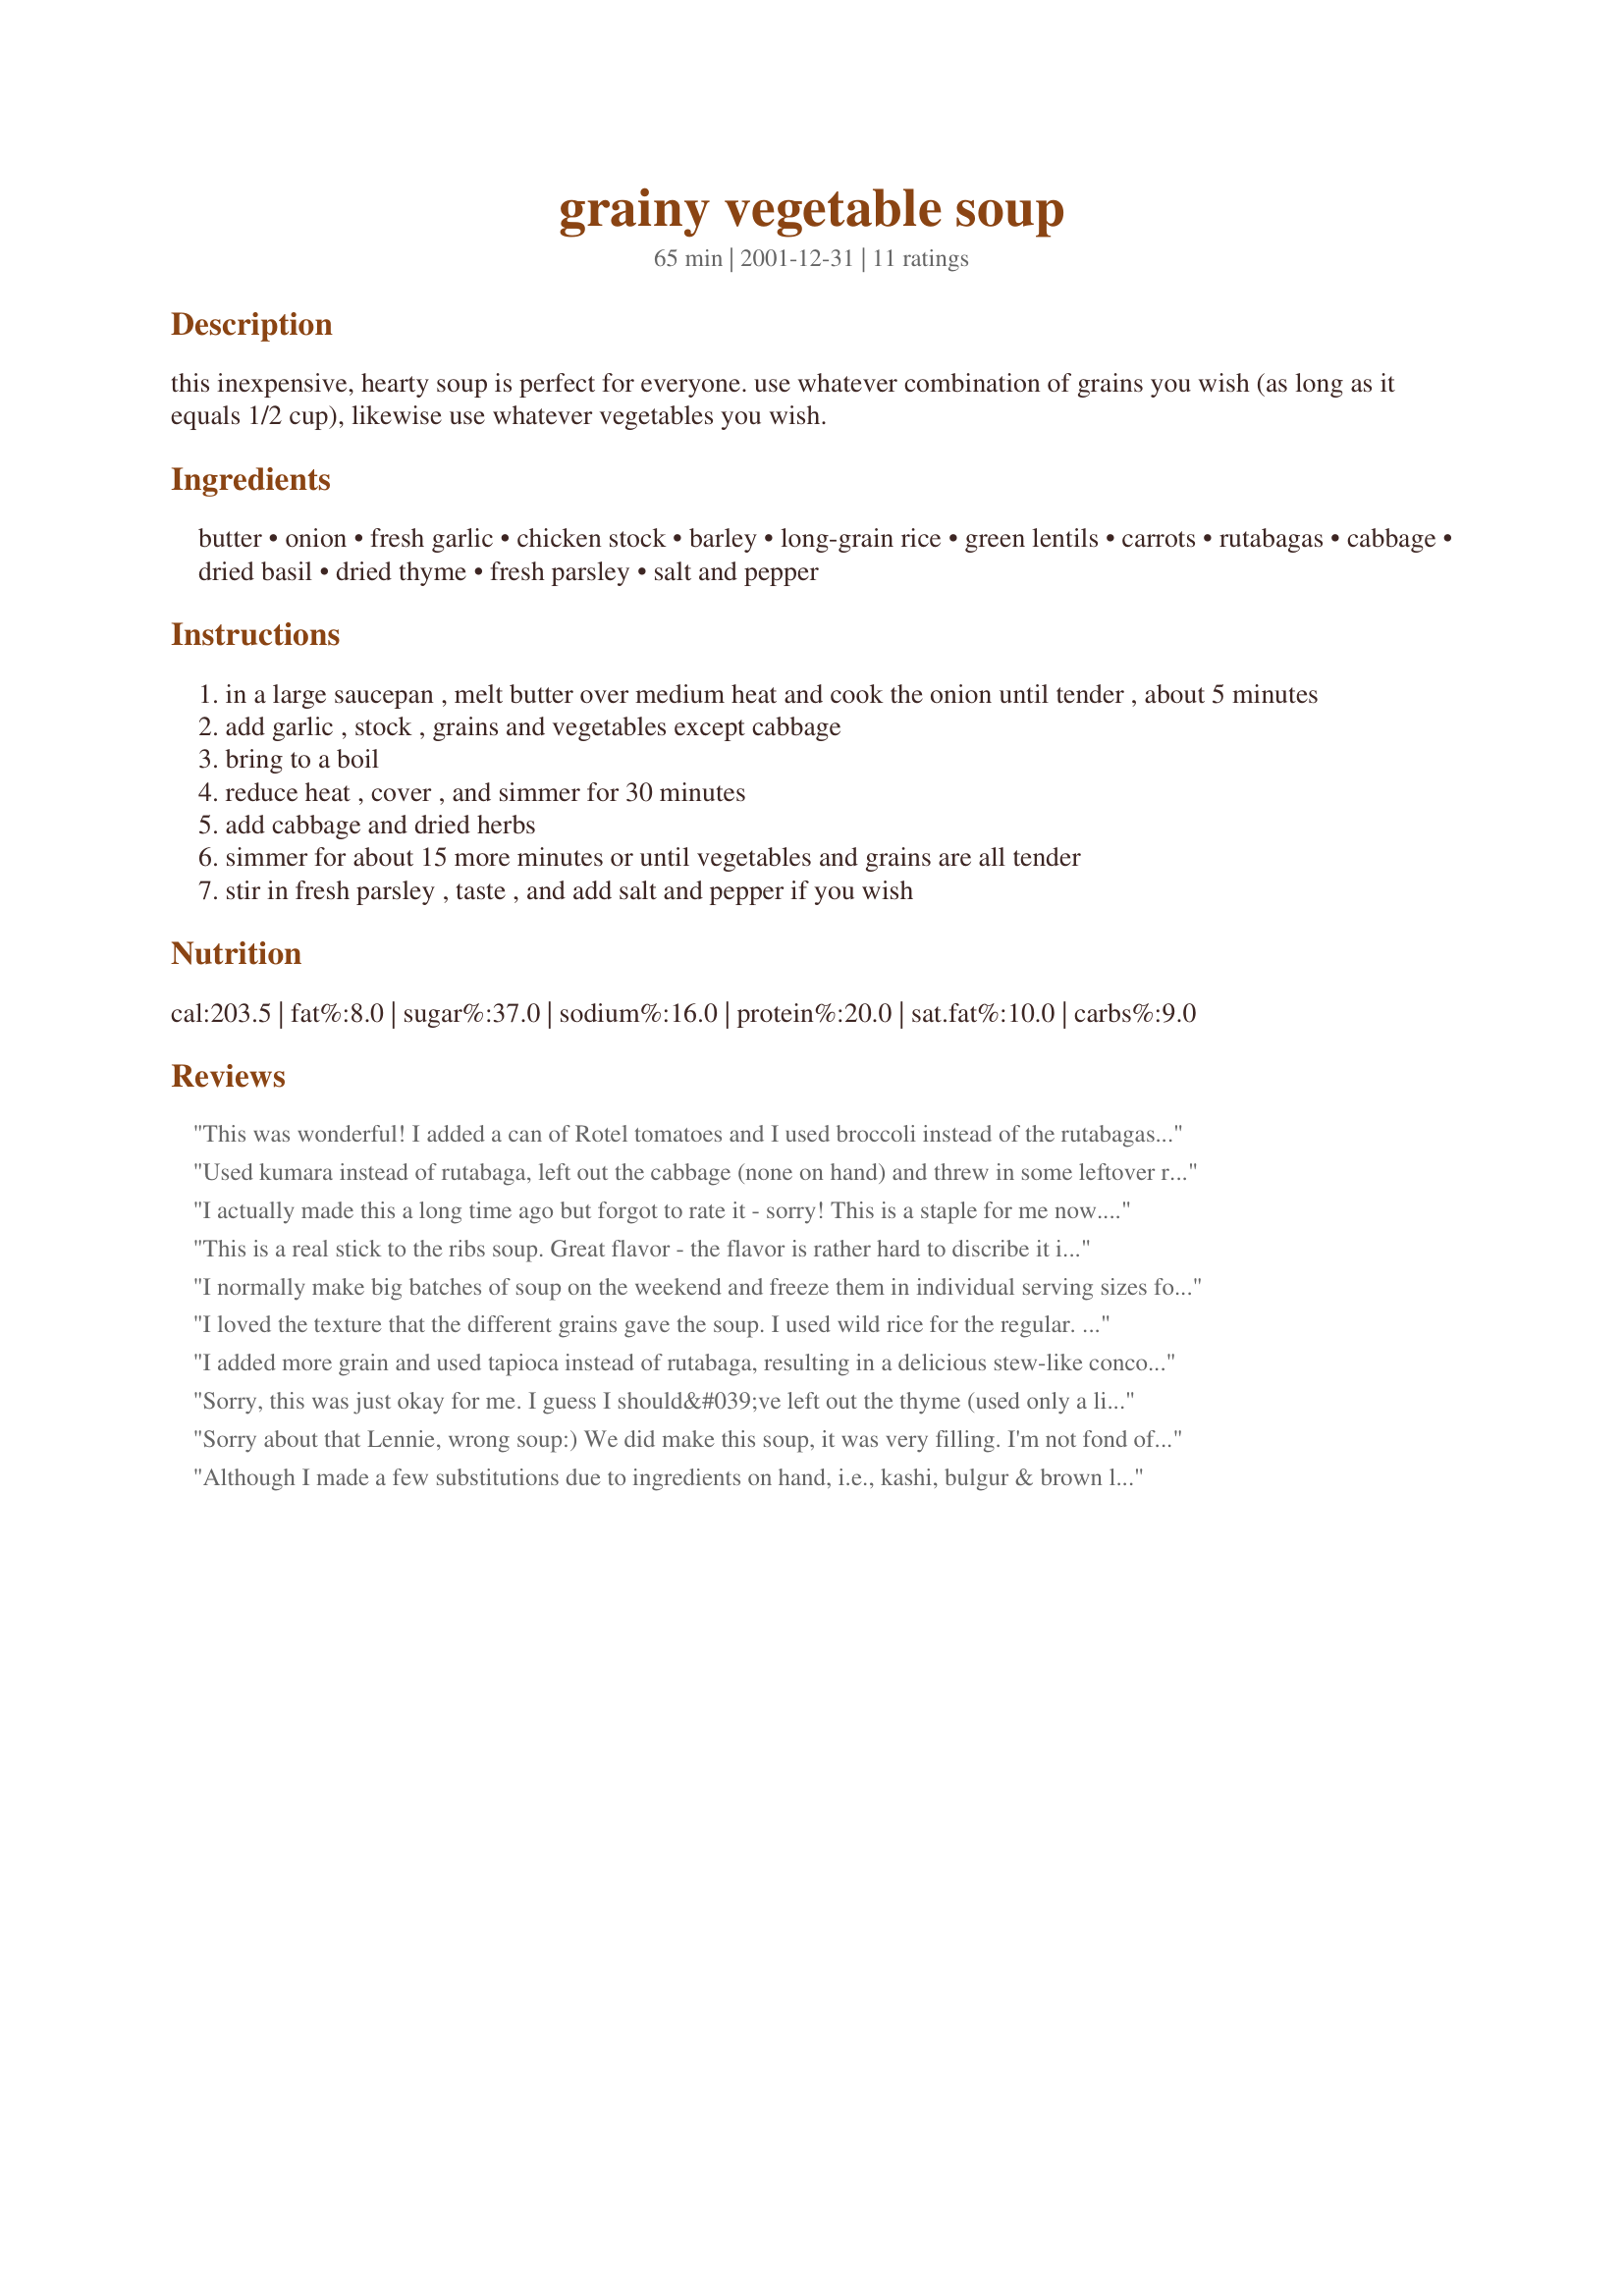
grainy vegetable soup
Preparation time: 65 minutes

this inexpensive, hearty soup is perfect for everyone. use whatever combination of grains you wish (as long as it equals 1/2 cup), likewise use whatever vegetables you wish.

Ingredients:
butter, onion, fresh garlic, chicken stock, barley, long-grain rice, green lentils, carrots, rutabagas, cabbage, dried basil, dried thyme, fresh parsley, salt and pepper

Steps:
in a large saucepan , melt butter over medium heat and cook the onion until tender , about 5 minutes
add garlic , stock , grains and vegetables except cabbage
bring to a boil
reduce heat , cover , and simmer for 30 minutes
add cabbage and dried herbs
simmer for about 15 more minutes or until vegetables and grains are all tender
stir in fresh parsley , taste , and add salt and pepper if you wish

Reviews:
This was wonderful! I added a can of Rotel tomatoes and I used broccoli instead of the rutabagas. I may add some mushrooms next time. It is super easy and the very flavor rich. I highly recommend it.
Used kumara instead of rutabaga, left out the cabbage (none on hand) and threw in some leftover roast chicken. Delicious! Definitely making this one again!
I actually made this a long time ago but forgot to rate it - sorry! This is a staple for me now. Very easy, full of healthy veggies, and a great way to use up small amounts of grains. I also found it easily adaptable. Thanks for this keeper!
This is a real stick to the ribs soup. Great flavor - the flavor is rather hard to discribe it is almost spicy but yet suble, it must be the just right combination of veggies and herbs. As said inexpensive and very satisfying. It is a meal in a bowl and produces 6 generous servings. I used a combination or brown rice, Barley & mixed lentils Thanks Lernnie
I normally make big batches of soup on the weekend and freeze them in individual serving sizes for lunch. I didn't have any soups in my freezer to grab for today's lunch so I got up early to make this soup. I am eating it now for lunch and it is soooo good and satisfying. I used celery instead of the rutabagas. I will definitely add this to my lunch rotation.
I loved the texture that the different grains gave the soup. I used wild rice for the regular. I did not use rutabagabut used celery instead. I did brown one pound of ground beef and added a can of cream of celery soup and white beans at the end and it was delicious.
I added more grain and used tapioca instead of rutabaga, resulting in a delicious stew-like concoction. Great stuff! Thanks for this delicious recipe.
Sorry, this was just okay for me. I guess I should&#039;ve left out the thyme (used only a little) as I really don&#039;t care for it that much and it was still overpowering. It was a good thickness and a good way to use up some extra veggies in the vegetable drawer. Makes some good Lenten lunches.
Sorry about that Lennie, wrong soup:) We did make this soup, it was very filling. I'm not fond of barley so we just upped the rice a bit.
Although I made a few substitutions due to ingredients on hand, i.e., kashi, bulgur & brown lentils for grains, extra vegetables and cumin to the spice list..... this was fabulous!!!!!! Probably the best vegetable soup I've ever made. Thank you so much for sharing.
This is delishous, hardy stew. I added 1 tsp. of cumin, just because, and used split peas instead of lentils. Sticks to your ribs. thanks for the great recipie.
